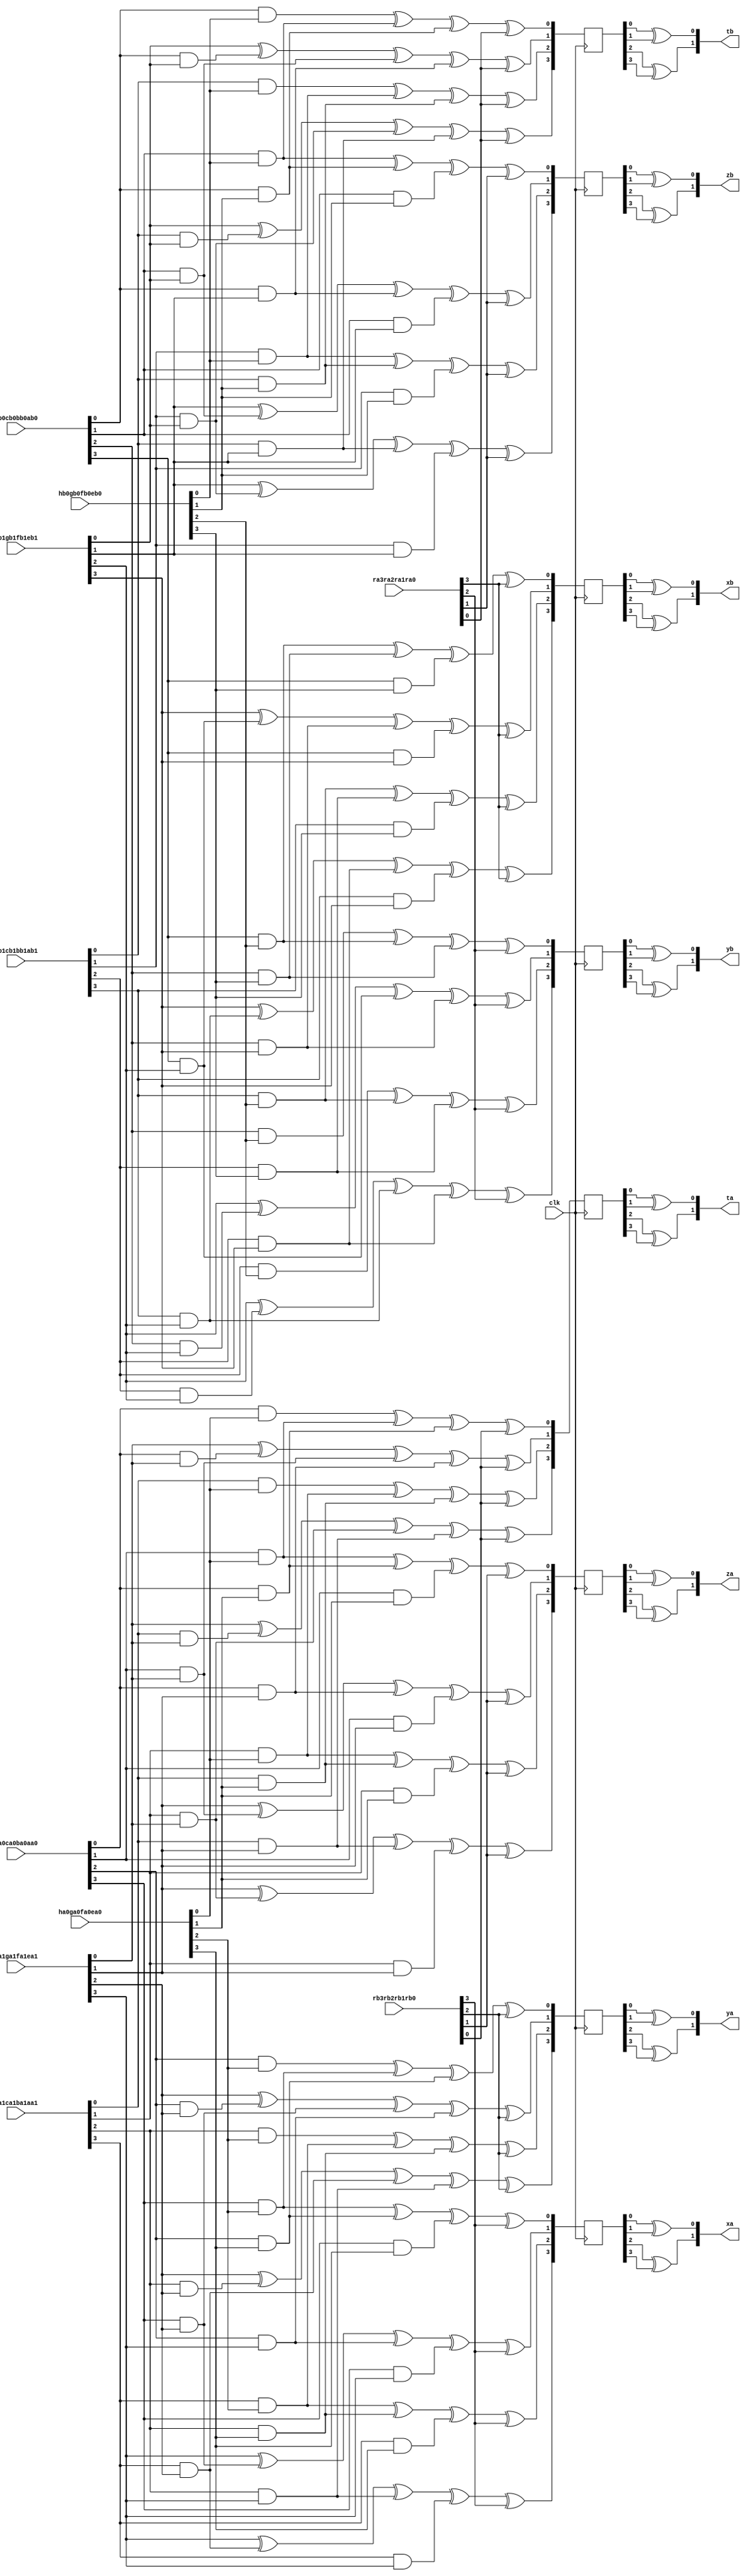
`timescale 1ns / 1ps
//////////////////////////////////////////////////////////////////////////////////
// Company: 
// Engineer: 
// 
// Design Name: 
// Module Name:    GF4Mul_Unit 
// Project Name: 
// Target Devices: 
// Tool versions: 
// Description: 
//
// Dependencies: 
//
// Revision: 
// Revision 0.01 - File Created
// Additional Comments: 
//
//////////////////////////////////////////////////////////////////////////////////
module GF4Mul_Unit(
	input				clk,
	
	// SboxA;
	input	[03:00]		da0ca0ba0aa0,
	input	[03:00]		da1ca1ba1aa1,
	
	input	[03:00]		ha0ga0fa0ea0,
	input	[03:00]		ha1ga1fa1ea1,
	
	input	[03:00]		ra3ra2ra1ra0,
	
	output	[01:00]		xa,
	output	[01:00]		ya,
	output	[01:00]		za,
	output	[01:00]		ta,
	
	// SboxB;
	input	[03:00]		db0cb0bb0ab0,
	input	[03:00]		db1cb1bb1ab1,
	
	input	[03:00]		hb0gb0fb0eb0,
	input	[03:00]		hb1gb1fb1eb1,
	
	input	[03:00]		rb3rb2rb1rb0,
	
	output	[01:00]		xb,
	output	[01:00]		yb,
	output	[01:00]		zb,
	output	[01:00]		tb
    );
	
	//// intermediate;
	// SboxA;
	wire				ha0, ha1;
	wire				ga0, ga1;
	wire				fa0, fa1;
	wire				ea0, ea1;
	
	wire				da0, da1;
	wire				ca0, ca1;
	wire				ba0, ba1;
	wire				aa0, aa1;
	
	wire				aa0ea0, aa0ea1;
	wire				aa1ea0, aa1ea1;
	
	wire				aa0fa0, aa0fa1;
	wire				aa1fa0, aa1fa1;
	
	wire				ba0ea0, ba0ea1;
	wire				ba1ea0, ba1ea1;
	
	wire				ba0fa0, ba0fa1;
	wire				ba1fa0, ba1fa1;
	
	wire				ca0ga0, ca0ga1;
	wire				ca1ga0, ca1ga1;
	
	wire				ca0ha0, ca0ha1;
	wire				ca1ha0, ca1ha1;
	
	wire				da0ga0, da0ga1;
	wire				da1ga0, da1ga1;
	
	wire				da0ha0, da0ha1;
	wire				da1ha0, da1ha1;
		
	reg		[03:00]		xa_r;
	reg		[03:00]		ya_r;
	reg		[03:00]		za_r;
	reg		[03:00]		ta_r;
	
	wire				ra3;
	wire				ra2;
	wire				ra1;
	wire				ra0;
	
	// SboxB;
	wire				hb0, hb1;
	wire				gb0, gb1;
	wire				fb0, fb1;
	wire				eb0, eb1;
	
	wire				db0, db1;
	wire				cb0, cb1;
	wire				bb0, bb1;
	wire				ab0, ab1;
	
	wire				ab0eb0, ab0eb1;
	wire				ab1eb0, ab1eb1;
	
	wire				ab0fb0, ab0fb1;
	wire				ab1fb0, ab1fb1;
	
	wire				bb0eb0, bb0eb1;
	wire				bb1eb0, bb1eb1;
	
	wire				bb0fb0, bb0fb1;
	wire				bb1fb0, bb1fb1;
	
	wire				cb0hb0, cb0hb1;
	wire				cb1hb0, cb1hb1;
	
	wire				cb0gb0, cb0gb1;
	wire				cb1gb0, cb1gb1;
	
	wire				db0hb0, db0hb1;
	wire				db1hb0, db1hb1;
	
	wire				db0gb0, db0gb1;
	wire				db1gb0, db1gb1;
	
	reg		[03:00]		xb_r;
	reg		[03:00]		yb_r;
	reg		[03:00]		zb_r;
	reg		[03:00]		tb_r;
	
	wire				rb3;
	wire				rb2;
	wire				rb1;
	wire				rb0;
	
	// SboxA assign;
	assign ha0 = ha0ga0fa0ea0[3];
	assign ga0 = ha0ga0fa0ea0[2];
	assign fa0 = ha0ga0fa0ea0[1];
	assign ea0 = ha0ga0fa0ea0[0];
	
	assign da0 = da0ca0ba0aa0[3];
	assign ca0 = da0ca0ba0aa0[2];
	assign ba0 = da0ca0ba0aa0[1];
	assign aa0 = da0ca0ba0aa0[0];
	
	assign ha1 = ha1ga1fa1ea1[3];
	assign ga1 = ha1ga1fa1ea1[2];
	assign fa1 = ha1ga1fa1ea1[1];
	assign ea1 = ha1ga1fa1ea1[0];
	
	assign da1 = da1ca1ba1aa1[3];
	assign ca1 = da1ca1ba1aa1[2];
	assign ba1 = da1ca1ba1aa1[1];
	assign aa1 = da1ca1ba1aa1[0];
	
	assign ra3 = ra3ra2ra1ra0[3];
	assign ra2 = ra3ra2ra1ra0[2];
	assign ra1 = ra3ra2ra1ra0[1];
	assign ra0 = ra3ra2ra1ra0[0];
	
	assign aa0ea0 = aa0 & ea0;
	assign aa0ea1 = aa0 & ea1;
	assign aa1ea0 = aa1 & ea0;
	assign aa1ea1 = aa1 & ea1;
	
	assign aa0fa0 = aa0 & fa0;
	assign aa0fa1 = aa0 & fa1;
	assign aa1fa0 = aa1 & fa0;
	assign aa1fa1 = aa1 & fa1;
	
	assign ba0ea0 = ba0 & ea0;
	assign ba0ea1 = ba0 & ea1;
	assign ba1ea0 = ba1 & ea0;
	assign ba1ea1 = ba1 & ea1;
	
	assign ba0fa0 = ba0 & fa0;
	assign ba0fa1 = ba0 & fa1;
	assign ba1fa0 = ba1 & fa0;
	assign ba1fa1 = ba1 & fa1;
	
	assign ca0ga0 = ca0 & ga0;
	assign ca0ga1 = ca0 & ga1;
	assign ca1ga0 = ca1 & ga0;
	assign ca1ga1 = ca1 & ga1;
	
	assign ca0ha0 = ca0 & ha0;
	assign ca0ha1 = ca0 & ha1;
	assign ca1ha0 = ca1 & ha0;
	assign ca1ha1 = ca1 & ha1;
	
	assign da0ga0 = da0 & ga0;
	assign da0ga1 = da0 & ga1;
	assign da1ga0 = da1 & ga0;
	assign da1ga1 = da1 & ga1;
	
	assign da0ha0 = da0 & ha0;
	assign da0ha1 = da0 & ha1;
	assign da1ha0 = da1 & ha0;
	assign da1ha1 = da1 & ha1;
	
	// SboxB assign;
	assign hb0 = hb0gb0fb0eb0[3];
	assign gb0 = hb0gb0fb0eb0[2];
	assign fb0 = hb0gb0fb0eb0[1];
	assign eb0 = hb0gb0fb0eb0[0];
	
	assign db0 = db0cb0bb0ab0[3];
	assign cb0 = db0cb0bb0ab0[2];
	assign bb0 = db0cb0bb0ab0[1];
	assign ab0 = db0cb0bb0ab0[0];
	
	assign hb1 = hb1gb1fb1eb1[3];
	assign gb1 = hb1gb1fb1eb1[2];
	assign fb1 = hb1gb1fb1eb1[1];
	assign eb1 = hb1gb1fb1eb1[0];
	
	assign db1 = db1cb1bb1ab1[3];
	assign cb1 = db1cb1bb1ab1[2];
	assign bb1 = db1cb1bb1ab1[1];
	assign ab1 = db1cb1bb1ab1[0];
	
	assign rb3 = rb3rb2rb1rb0[3];
	assign rb2 = rb3rb2rb1rb0[2];
	assign rb1 = rb3rb2rb1rb0[1];
	assign rb0 = rb3rb2rb1rb0[0];
	
	assign ab0eb0 = ab0 & eb0;
	assign ab0eb1 = ab0 & eb1;
	assign ab1eb0 = ab1 & eb0;
	assign ab1eb1 = ab1 & eb1;
	
	assign ab0fb0 = ab0 & fb0;
	assign ab0fb1 = ab0 & fb1;
	assign ab1fb0 = ab1 & fb0;
	assign ab1fb1 = ab1 & fb1;
	
	assign bb0eb0 = bb0 & eb0;
	assign bb0eb1 = bb0 & eb1;
	assign bb1eb0 = bb1 & eb0;
	assign bb1eb1 = bb1 & eb1;
	
	assign bb0fb0 = bb0 & fb0;
	assign bb0fb1 = bb0 & fb1;
	assign bb1fb0 = bb1 & fb0;
	assign bb1fb1 = bb1 & fb1;
	
	assign cb0gb0 = cb0 & gb0;
	assign cb0gb1 = cb0 & gb1;
	assign cb1gb0 = cb1 & gb0;
	assign cb1gb1 = cb1 & gb1;
	
	assign cb0hb0 = cb0 & hb0;
	assign cb0hb1 = cb0 & hb1;
	assign cb1hb0 = cb1 & hb0;
	assign cb1hb1 = cb1 & hb1;
	
	assign db0gb0 = db0 & gb0;
	assign db0gb1 = db0 & gb1;
	assign db1gb0 = db1 & gb0;
	assign db1gb1 = db1 & gb1;
	
	assign db0hb0 = db0 & hb0;
	assign db0hb1 = db0 & hb1;
	assign db1hb0 = db1 & hb0;
	assign db1hb1 = db1 & hb1;
	
	//// SboxA Masking Scheme;
	// xa_r;
	always @(posedge clk)
	begin
		xa_r[0] <=       da0ga0 ^ ca0ha0 ^ da0ha0 ^ rb3;
		xa_r[1] <= ha1 ^ da0ga1 ^ ca0ha1 ^ da0ha1 ^ rb3;
		xa_r[2] <=       da1ga0 ^ ca1ha0 ^ da1ha0 ^ rb3;
		xa_r[3] <= ha1 ^ da1ga1 ^ ca1ha1 ^ da1ha1 ^ rb3;
	end
	// ya_r;
	always @(posedge clk)
	begin
		ya_r[0] <=       ca0ga0 ^ da0ga0 ^ ca0ha0 ^ rb2;
		ya_r[1] <= ga1 ^ ca0ga1 ^ da0ga1 ^ ca0ha1 ^ rb2;
		ya_r[2] <=       ca1ga0 ^ da1ga0 ^ ca1ha0 ^ rb2;
		ya_r[3] <= ga1 ^ ca1ga1 ^ da1ga1 ^ ca1ha1 ^ rb2;
	end
	// za_r;
	always @(posedge clk)
	begin
		za_r[0] <=		 ba0ea0 ^ aa0fa0 ^ ba0fa0 ^ rb1;
		za_r[1] <= fa1 ^ ba0ea1 ^ aa0fa1 ^ ba0fa1 ^ rb1;
		za_r[2] <=		 ba1ea0 ^ aa1fa0 ^ ba1fa0 ^ rb1;
		za_r[3] <= fa1 ^ ba1ea1 ^ aa1fa1 ^ ba1fa1 ^ rb1;
	end
	// ta_r;
	always @(posedge clk)
	begin
		ta_r[0] <=		 aa0ea0 ^ ba0ea0 ^ aa0fa0 ^ rb0;
		ta_r[1] <= ea1 ^ aa0ea1 ^ ba0ea1 ^ aa0fa1 ^ rb0;
		ta_r[2] <=		 aa1ea0 ^ ba1ea0 ^ aa1fa0 ^ rb0;
		ta_r[3] <= ea1 ^ aa1ea1 ^ ba1ea1 ^ aa1fa1 ^ rb0;
	end
	
	//// SboxB Masking Scheme;
	// xb_r;
	always @(posedge clk)
	begin
		xb_r[0] <=       db0gb0 ^ cb0hb0 ^ db0hb0 ^ ra3;
		xb_r[1] <= hb1 ^ db0gb1 ^ cb0hb1 ^ db0hb1 ^ ra3;
		xb_r[2] <=       db1gb0 ^ cb1hb0 ^ db1hb0 ^ ra3;
		xb_r[3] <= hb1 ^ db1gb1 ^ cb1hb1 ^ db1hb1 ^ ra3;
	end
	// yb_r;
	always @(posedge clk)
	begin
		yb_r[0] <=       cb0gb0 ^ db0gb0 ^ cb0hb0 ^ ra2;
		yb_r[1] <= gb1 ^ cb0gb1 ^ db0gb1 ^ cb0hb1 ^ ra2;
		yb_r[2] <=       cb1gb0 ^ db1gb0 ^ cb1hb0 ^ ra2;
		yb_r[3] <= gb1 ^ cb1gb1 ^ db1gb1 ^ cb1hb1 ^ ra2;
	end
	// zb_r;
	always @(posedge clk)
	begin
		zb_r[0] <=		 bb0eb0 ^ ab0fb0 ^ bb0fb0 ^ ra1;
		zb_r[1] <= fb1 ^ bb0eb1 ^ ab0fb1 ^ bb0fb1 ^ ra1;
		zb_r[2] <=		 bb1eb0 ^ ab1fb0 ^ bb1fb0 ^ ra1;
		zb_r[3] <= fb1 ^ bb1eb1 ^ ab1fb1 ^ bb1fb1 ^ ra1;
	end
	// tb_r;
	always @(posedge clk)
	begin
		tb_r[0] <=		 ab0eb0 ^ bb0eb0 ^ ab0fb0 ^ ra0;
		tb_r[1] <= eb1 ^ ab0eb1 ^ bb0eb1 ^ ab0fb1 ^ ra0;
		tb_r[2] <=		 ab1eb0 ^ bb1eb0 ^ ab1fb0 ^ ra0;
		tb_r[3] <= eb1 ^ ab1eb1 ^ bb1eb1 ^ ab1fb1 ^ ra0;
	end
	//// Output Assign;
	// SboxA;
	assign xa[0] = xa_r[0] ^ xa_r[1];
	assign xa[1] = xa_r[2] ^ xa_r[3];
	
	assign ya[0] = ya_r[0] ^ ya_r[1];
	assign ya[1] = ya_r[2] ^ ya_r[3];
	
	assign za[0] = za_r[0] ^ za_r[1];
	assign za[1] = za_r[2] ^ za_r[3];
	
	assign ta[0] = ta_r[0] ^ ta_r[1];
	assign ta[1] = ta_r[2] ^ ta_r[3];
	
	// SboxB;
	assign xb[0] = xb_r[0] ^ xb_r[1];
	assign xb[1] = xb_r[2] ^ xb_r[3];
	
	assign yb[0] = yb_r[0] ^ yb_r[1];
	assign yb[1] = yb_r[2] ^ yb_r[3];
	
	assign zb[0] = zb_r[0] ^ zb_r[1];
	assign zb[1] = zb_r[2] ^ zb_r[3];
	
	assign tb[0] = tb_r[0] ^ tb_r[1];
	assign tb[1] = tb_r[2] ^ tb_r[3];
	
endmodule